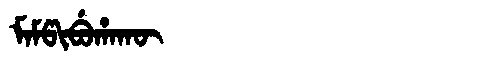
Manchu: ᠮᠠᠮᡦᡳᠪᡠᡥᠠᡴᡡ
Romanization: MAMPIBUHAKŪ